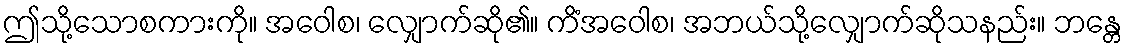
ဤသို့သောစကားကို။ အဝေါစ၊ လျှောက်ဆို၏။ ကိံအဝေါစ၊ အဘယ်သို့လျှောက်ဆိုသနည်း။ ဘန္တေ